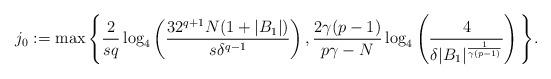
LaTeX: \begin{align*}j_0:=\max\Bigg\{\frac{2}{sq} \log _4\left(\frac{32^{q+1} N(1+\left|B_1\right|)}{s \delta^{q-1}}\right), \frac{2\gamma(p-1)}{p\gamma - N} \log _4\left(\frac{4}{ \delta|B_1|^{\frac{1}{\gamma(p-1)}}}\right) \Bigg\} .\end{align*}